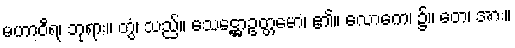
မဟာဝီရ၊ ဘုရား။ တွံ၊ သည်။ သေဋ္ဌောဥတ္တမော၊ ၏။ လောကေ၊ ၌။ တေ၊ အား။